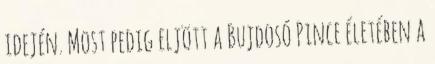
idején. Most pedig eljött a Bujdosó Pince életében a